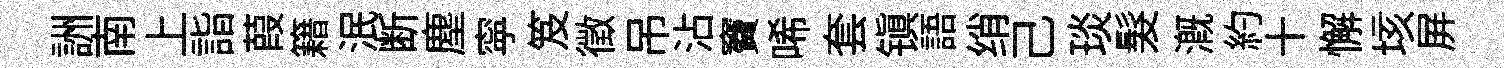
詶南上詣葭籍泯断塵寜笈徵吊沾竇唏套镇語绡己琰髮溉約十懈垓屏